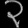
Digit: ၃